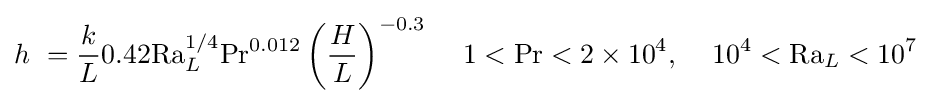
h\ ={\frac {k}{L}}0.42\mathrm {Ra} _{L}^{1/4}\mathrm {Pr} ^{0.012}\left({\frac {H}{L}}\right)^{-0.3}\,\quad 1<\mathrm {Pr} <2\times 10^{4},\,\quad 10^{4}<\mathrm {Ra} _{L}<10^{7}